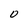
Character: 0